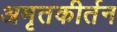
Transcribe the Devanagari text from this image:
अमृतकीर्तन